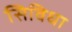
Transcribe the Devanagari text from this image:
सिविधा